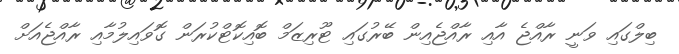
ބިލްގައި ވަނީ ރާއްޖެ އާއި ރާއްޖެއިން ބޭރުގައި ޓޫރިޒަމް ބޮއިކޮޓްކުރަން ގޮވައިލުމާއި ރާއްޖެއަށް